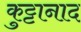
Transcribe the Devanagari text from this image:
कुट्टानाद